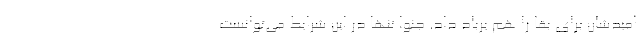
امید‌شان برای بقا را هم برباد داد. جنوا تنها در این شرایط می‌توانست